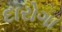
દારોગા